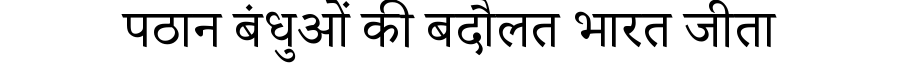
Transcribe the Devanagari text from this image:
पठान बंधुओं की बदौलत भारत जीता